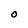
Character: 0